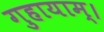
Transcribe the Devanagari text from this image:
गुहायाम्।